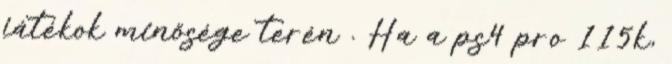
játékok minősége terén . Ha a ps4 pro 115k,